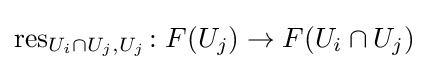
\operatorname {res} _{U_{i}\cap U_{j},U_{j}}\colon F(U_{j})\rightarrow F(U_{i}\cap U_{j})